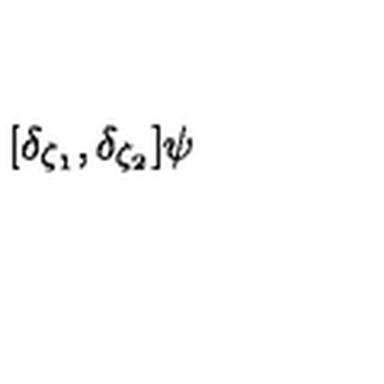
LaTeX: [ \delta _ { \zeta _ { 1 } } , \delta _ { \zeta _ { 2 } } ] \psi